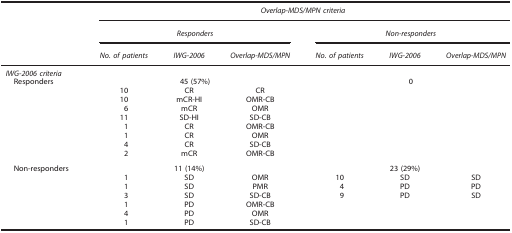
<table><thead><tr><td><b> </b></td><td colspan="6"><b><i>Overlap-MDS/MPN criteria</i></b></td></tr><tr><td><b> </b></td><td colspan="3"><b><i>Responders</i></b></td><td colspan="3"><b><i>Non-responders</i></b></td></tr><tr><td><b> </b></td><td><b><i>No. of patients</i></b></td><td><b><i>IWG-2006</i></b></td><td><b><i>Overlap-MDS/MPN</i></b></td><td><b><i>No. of patients</i></b></td><td><b><i>IWG-2006</i></b></td><td><b><i>Overlap-MDS/MPN</i></b></td></tr></thead><tbody><tr><td colspan="7"><i>IWG-2006 criteria</i></td></tr><tr><td> Responders</td><td colspan="3">45 (57%)</td><td colspan="3">0</td></tr><tr><td> </td><td>10</td><td>CR</td><td>CR</td><td> </td><td> </td><td> </td></tr><tr><td> </td><td>10</td><td>mCR-HI</td><td>OMR-CB</td><td> </td><td> </td><td> </td></tr><tr><td> </td><td>6</td><td>mCR</td><td>OMR</td><td> </td><td> </td><td> </td></tr><tr><td> </td><td>11</td><td>SD-HI</td><td>SD-CB</td><td> </td><td> </td><td> </td></tr><tr><td> </td><td>1</td><td>CR</td><td>OMR-CB</td><td> </td><td> </td><td> </td></tr><tr><td> </td><td>1</td><td>CR</td><td>OMR</td><td> </td><td> </td><td> </td></tr><tr><td> </td><td>4</td><td>CR</td><td>SD-CB</td><td> </td><td> </td><td> </td></tr><tr><td> </td><td>2</td><td>mCR</td><td>OMR-CB</td><td> </td><td> </td><td> </td></tr><tr><td> Non-responders</td><td> </td><td>11 (14%)</td><td> </td><td> </td><td>23 (29%)</td><td> </td></tr><tr><td> </td><td>1</td><td>SD</td><td>OMR</td><td>10</td><td>SD</td><td>SD</td></tr><tr><td> </td><td>1</td><td>SD</td><td>PMR</td><td>4</td><td>PD</td><td>PD</td></tr><tr><td> </td><td>3</td><td>SD</td><td>SD-CB</td><td>9</td><td>PD</td><td>SD</td></tr><tr><td> </td><td>1</td><td>PD</td><td>OMR-CB</td><td> </td><td> </td><td> </td></tr><tr><td> </td><td>4</td><td>PD</td><td>OMR</td><td> </td><td> </td><td> </td></tr><tr><td> </td><td>1</td><td>PD</td><td>SD-CB</td><td> </td><td> </td><td> </td></tr></tbody></table>